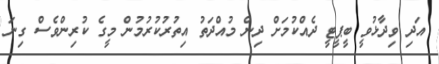
އަދި ވިދާޅުވީ ބީޕީޓީ ދެއްކުމަށް ދިން މުއްދަތު އިތުރުކުރުމުން މީގެ ކުރިންވެސް ގިނަ